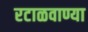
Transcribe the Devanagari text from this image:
रटाळवाण्या